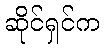
ဆိုင်ရှင်က